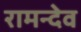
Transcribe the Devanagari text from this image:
रामन्देव